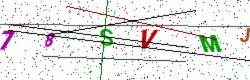
Text: 78SVMJ